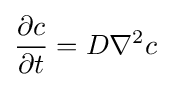
{\frac {\partial c}{\partial t}}=D\nabla ^{2}c